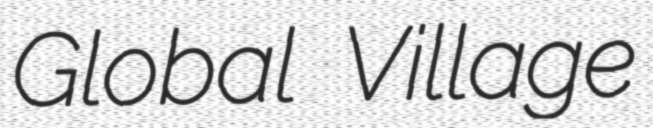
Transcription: Global Village